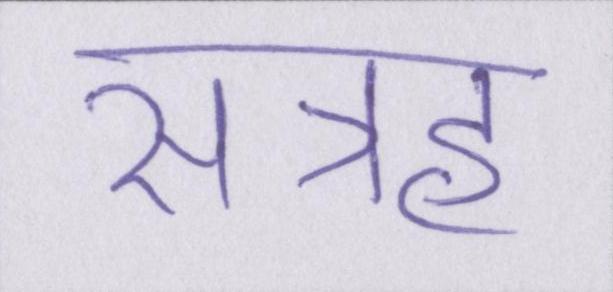
सत्रह